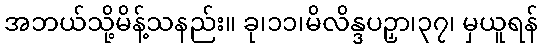
အဘယ်သို့မိန့်သနည်း။ ခု၊၁၁၊မိလိန္ဒပဉှာ၊၃၇၊ မှယူရန်